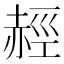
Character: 䞓